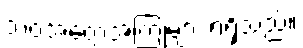
ဘဝအတွေ့အကြုံများ ရရှိသည်။